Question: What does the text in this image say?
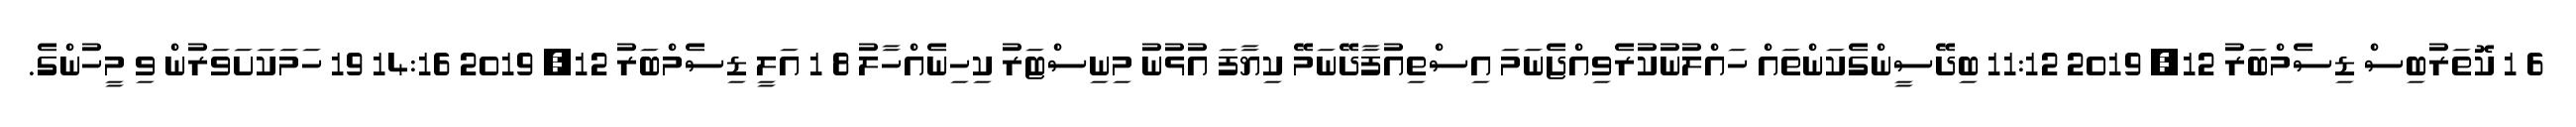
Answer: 6 1 ކޮތަރުބިސް ޑިސެމްބަރު 12, 2019 11:12 ބިދޭސީންގެކަންތައް ހައްލުނުކުރެވިއްޖެނަމަ އިސްތިއުފާދޭނަމޭ ކިޔާފަ އުޅުނު މިނިސްޓަރު ކިހިނެއްހާލު 8 1 އަލީ ޑިސެމްބަރު 12, 2019 14:16 19 ހަމަކަށަވަރުން ވި މީހުންގެ.